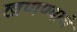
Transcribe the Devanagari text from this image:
खणण्याचे